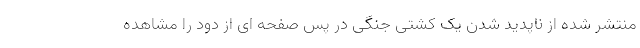
منتشر شده از ناپدید شدن یک کشتی جنگی در پس صفحه ای از دود را مشاهده